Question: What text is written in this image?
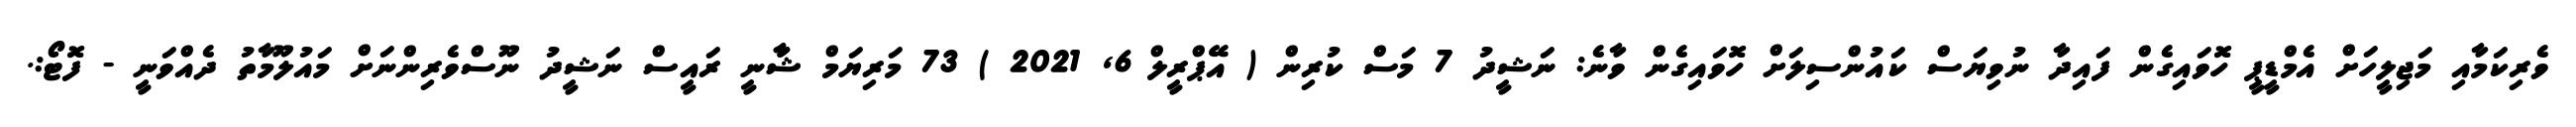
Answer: ވެރިކަމާއި މަޖިލީހަށް އެމްޑީޕީ ހޮވައިގެން ފައިދާ ނުވިޔަސް ކައުންސިލަށް ހޮވައިގެން ވާނެ: ނަޝީދު 7 މަސް ކުރިން ( އޭޕްރީލް 6, 2021 ) 73 މަރިޔަމް ޝާާނީ ރައީސް ނަޝީދު ނޫސްވެރިންނަށް މައުލޫމާތު ދެއްވަނީ - ފޮޓޯ:.